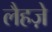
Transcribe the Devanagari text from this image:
लैहज़े